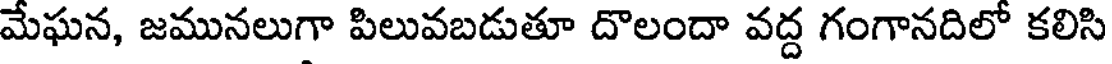
మేఘన, జమునలుగా పిలువబడుతూ దొలందా వద్ద గంగానదిలో కలిసి